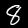
Label: 8